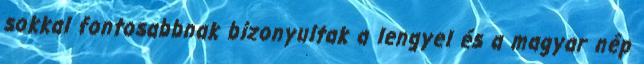
sokkal fontosabbnak bizonyultak a lengyel és a magyar nép